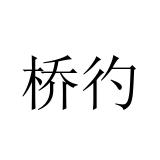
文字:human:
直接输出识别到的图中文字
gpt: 桥彴